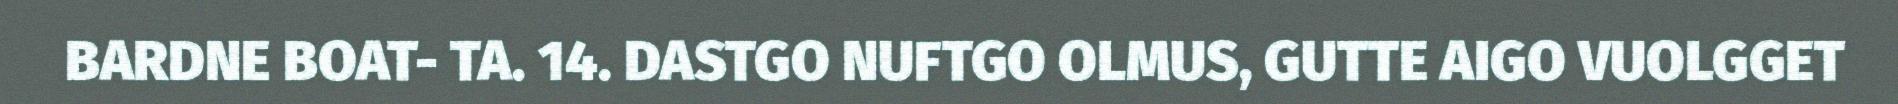
BARDNE BOAT- TA. 14. DASTGO NUFTGO OLMUS, GUTTE AIGO VUOLGGET